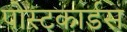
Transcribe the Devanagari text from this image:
पोस्टकार्डस